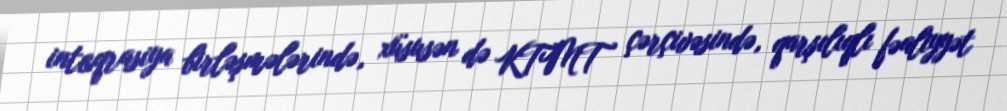
inteqrasiya birləşmələrində, xüsusən də KTMT çərçivəsində, qarşılıqlı fəaliyyət